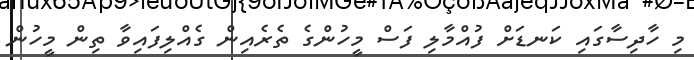
މި ހާދިސާގައި ކަނޑަށް ފުއްމާލި ފަސް މީހުންގެ ތެރެއިން ގެއްލިފައިވާ ތިން މީހުން